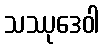
သဿုဒေဝါ